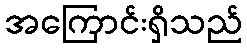
အကြောင်းရှိသည်